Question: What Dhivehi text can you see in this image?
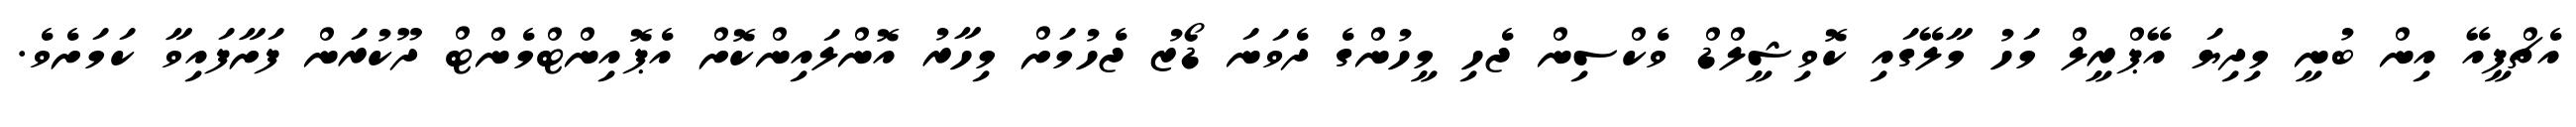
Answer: އެޗްޕީއޭ އިން ބުނީ މިދިޔަ އޭޕްރީލް މަހު މާލޭގައި ކޮވިޝީލްޑް ވެކްސިން ޖެހި މީހުންގެ ދެވަނަ ޑޯޒު ޖެހުމަށް މިހާރު އޮންލައިންކޮށް އެޕޮއިންޓްމެންޓް ދޫކުރަން ފަށާފައިވާ ކަމަށެވެ.